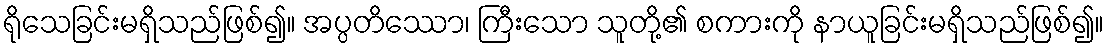
ရိုသေခြင်းမရှိသည်ဖြစ်၍။ အပ္ပတိဿော၊ ကြီးသော သူတို့၏ စကားကို နာယူခြင်းမရှိသည်ဖြစ်၍။